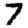
Digit: 7